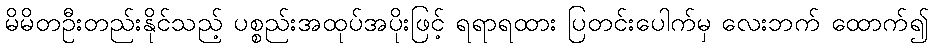
မိမိတဦးတည်းနိုင်သည့် ပစ္စည်းအထုပ်အပိုးဖြင့် ရရာရထား ပြတင်းပေါက်မှ လေးဘက် ထောက်၍